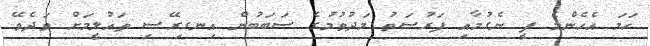
ހަމަ އެހެންމެ ފީ ނެގުމާއި ފަރުސަތު މަދުވުމުގެ ސަބަބުން އިނގިރޭސި ތައުލީމަށް ވަދެވޭ